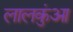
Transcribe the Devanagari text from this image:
लालकुंआ